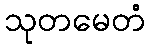
သုတမေတံ